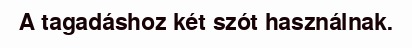
A tagadáshoz két szót használnak.